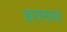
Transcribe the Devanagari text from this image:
हरामाया